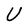
Character: U